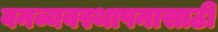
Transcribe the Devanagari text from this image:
वनव्यवस्थापनासाठी